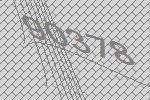
90378